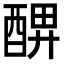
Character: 𨡟